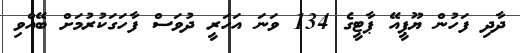
ދާދި ފަހުން ޔޫޕީއޭ ޕާޓީގެ 134 ވަނަ އަހަރީ ދުވަސް ފާހަގަކުރުމަށް ބޭއްވި